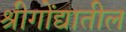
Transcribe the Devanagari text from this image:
श्रीगोंद्यातील